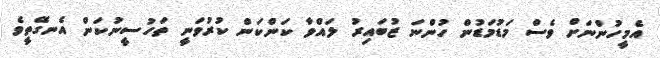
އެމީހުންނަށް ވެސް މަޑުމަޑުން ހުންނަ ޒުބައިރު ލައްވާ ކަންކަން ކުރުވަނީ ތަހުސީނުކަން އެނގޭތީވެ